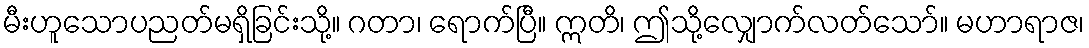
မီးဟူသောပညတ်မရှိခြင်းသို့။ ဂတာ၊ ရောက်ပြီ။ ဣတိ၊ ဤသို့လျှောက်လတ်သော်။ မဟာရာဇ၊